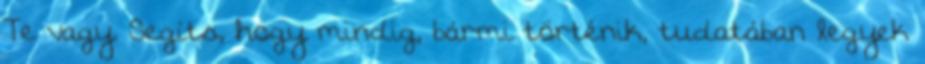
Te vagy. Segíts, hogy mindig, bármi történik, tudatában legyek